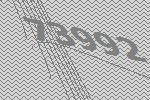
73992